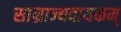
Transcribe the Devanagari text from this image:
साम्राज्यदायकम्